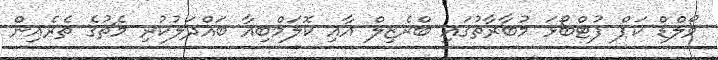
ވޯލްޑް ކަޕް ފުޓްބޯޅަ މުބާރާތުގައި ބްރެޒިލް އާއި ކޮލަމްބިއާ ބައްދަލުކުރި މެޗުގެ ތެރެއިން